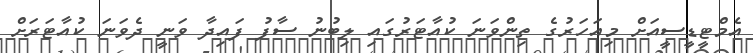
އެމްޓީޑީސީއަށް މިއަހަރުގެ ތިންވަަނަ ކުއާޓަރުގައި ލިބުނު ސާފު ފައިދާ ވަނީ ދެވަނަ ކުއާޓަރަށް